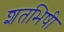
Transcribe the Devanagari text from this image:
शतभिषी